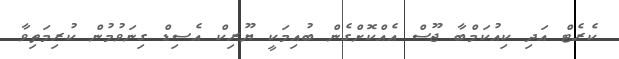
ކެރެޓް އަދި ކިއުކަމްބާ ޖޫސް އެއްކޮށްގެން ބުއިމަކީ ޔޫރިކް އެސިޑް ގިނަވުމުން ކުރިމަތިވާ